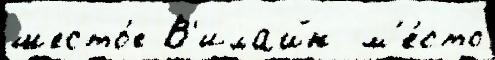
шесто́е В'илайн  м'е́сто